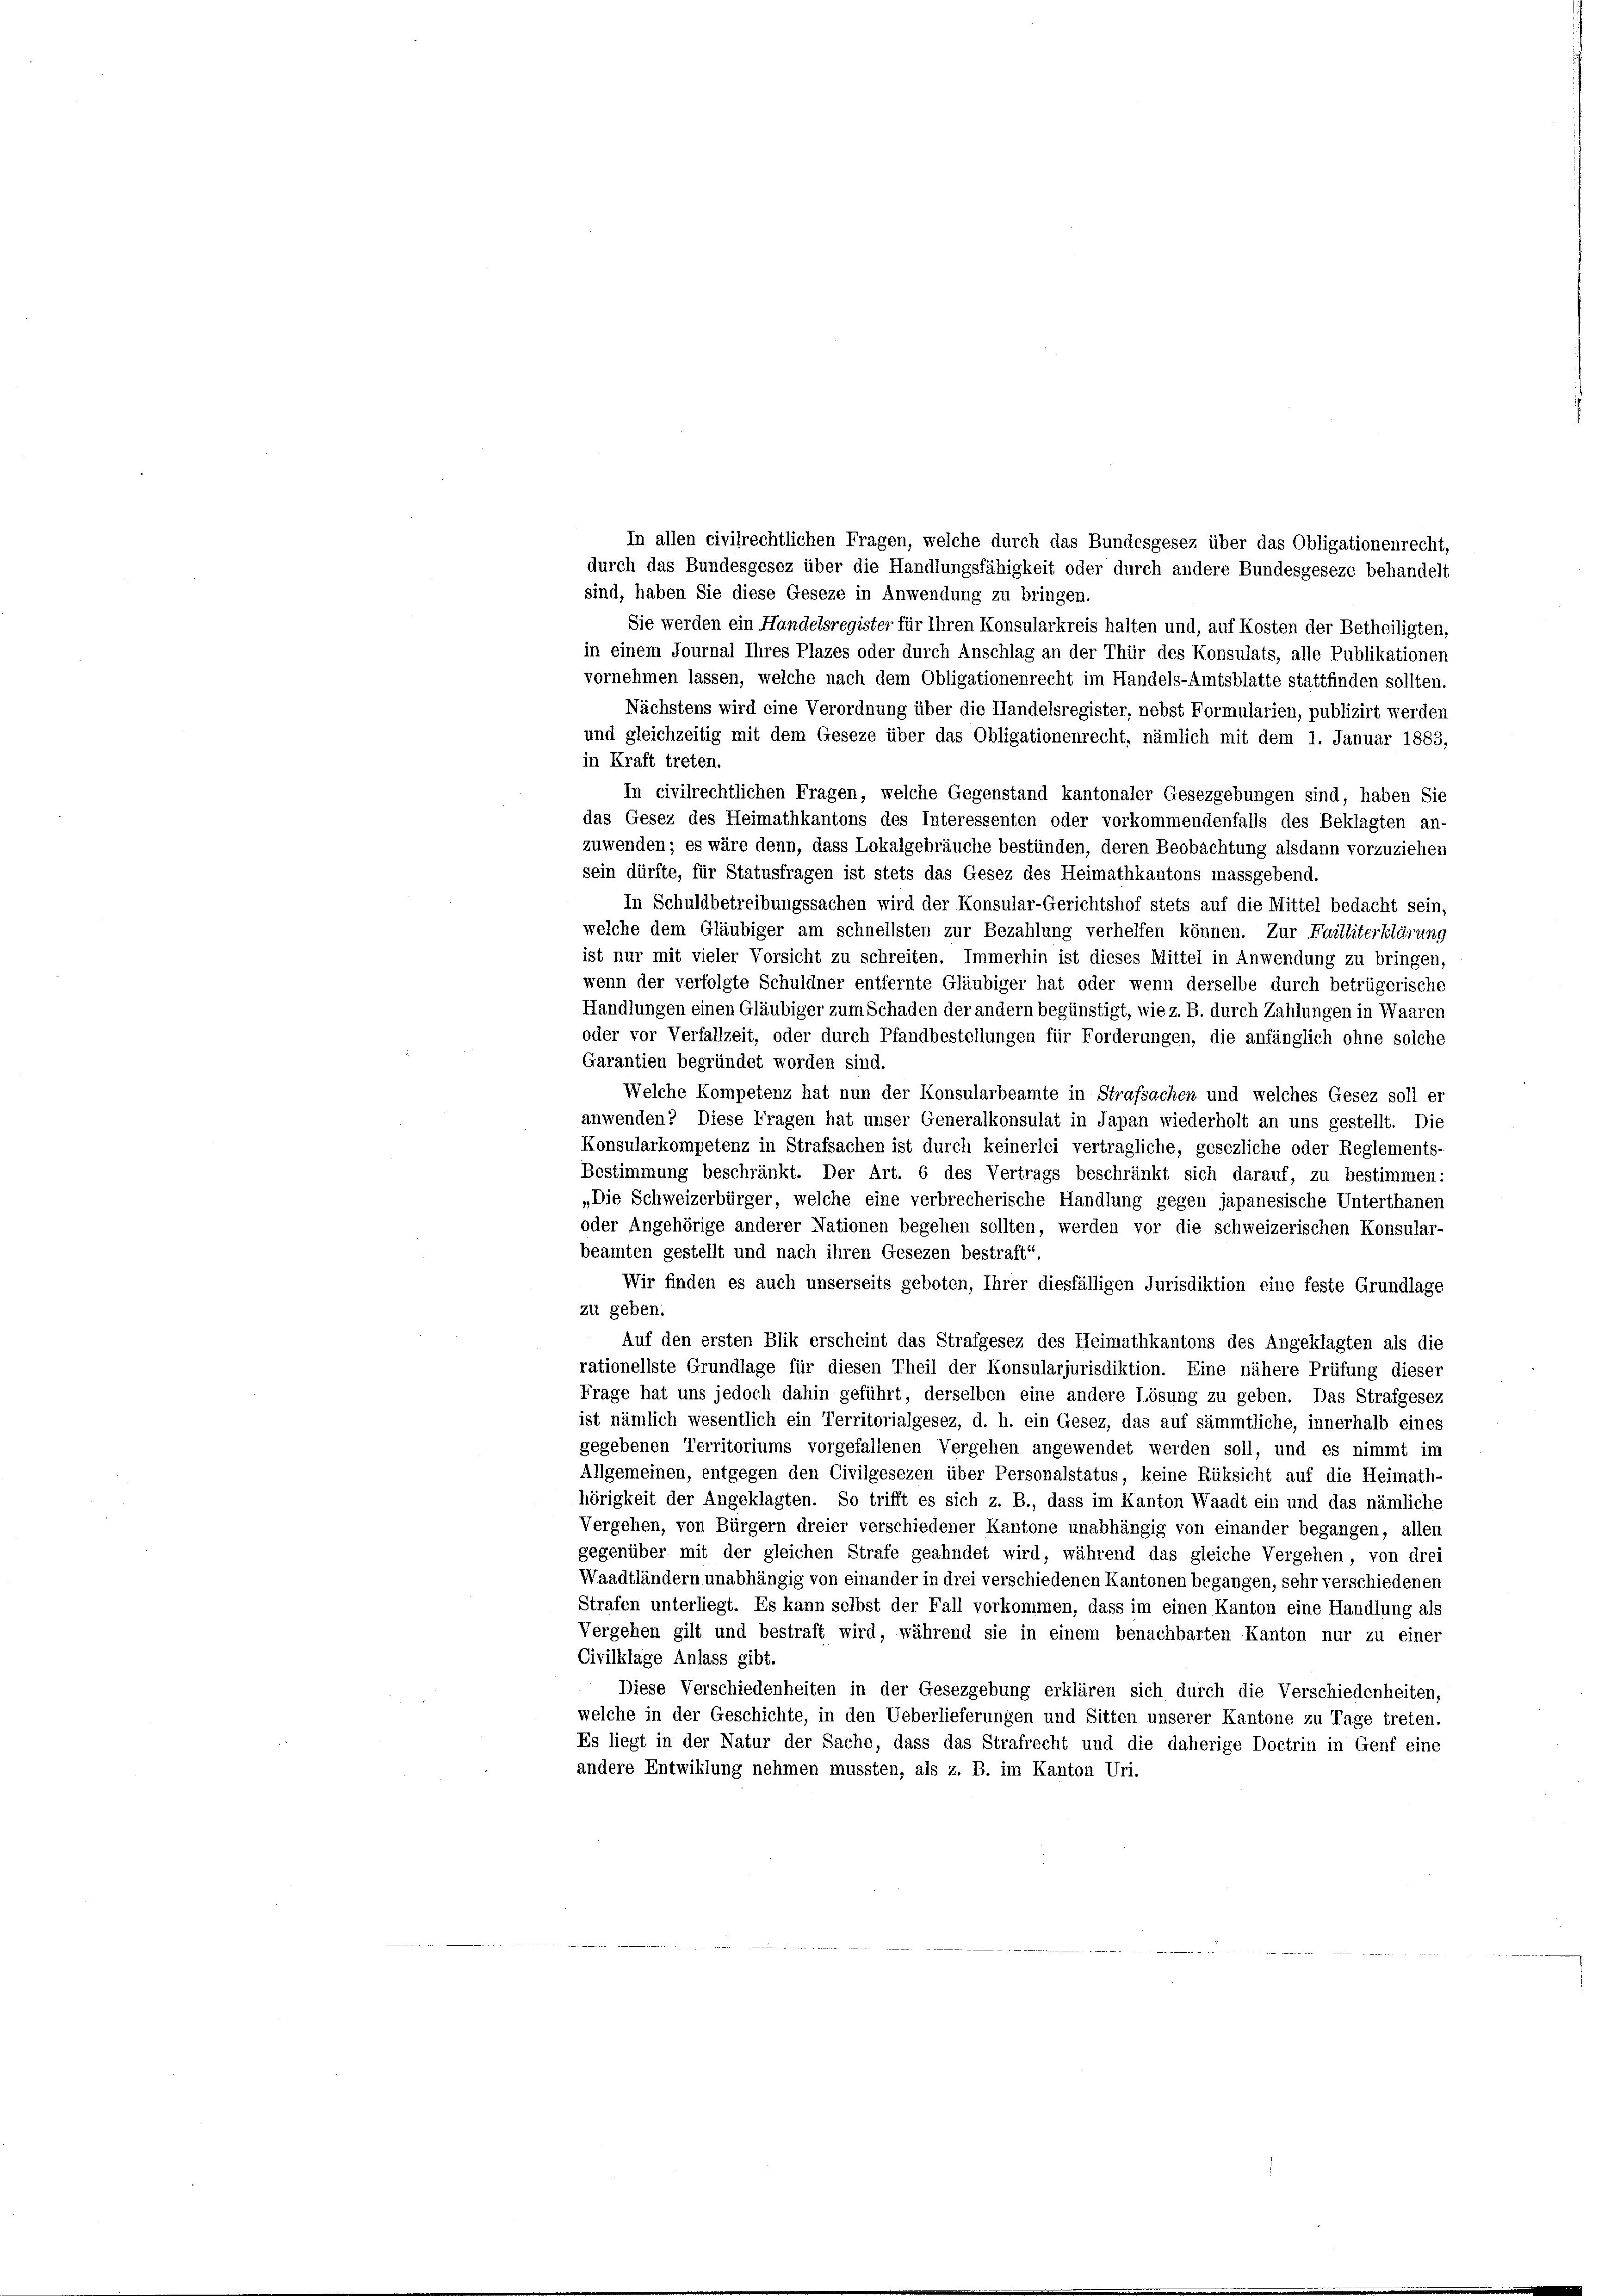
In allen civilrechtlichen Fragen, welche durch das Bundesgesez über das Obligationenrecht,

durch das Bundesgesez über die Handlungsfähigkeit oder durch andere Bundesgeseze behandelt
sind, haben Sie diese Geseze in Anwendung zu bringen.
Sie werden ein Handelsregister für Ihren Konsularkreis halten und, auf Kosten der Betheiligten,
in einem Journal Ihres Plazes oder durch Anschlag an der Thür des Konsulats, alle Publikationen
vornehmen lassen, welche nach dem Obligationenrecht im Handels-Amtsblatte stattfinden sollten.
Nächstens wird eine Verordnung über die Handelsregister, nebst Formularien, publizirt werden
und gleichzeitig mit dem Geseze über das Obligationenrecht, nämlich mit dem 1. Januar 1883,
in Kraft treten.
In civilrechtlichen Fragen, welche Gegenstand kantonaler Gesezgebungen sind, haben Sie
das Gesez des Heimathkantons des Interessenten oder vorkommendenfalls des Beklagten an-
zuwenden; es wäre denn, dass Lokalgebräuche bestünden, deren Beobachtung alsdann vorzuziehen
sein dürfte, für Statusfragen ist stets das Gesez des Heimathkantons massgebend.
In Schuldbetreibungssachen wird der Konsular-Gerichtshof stets auf die Mittel bedacht sein,
welche dem Gläubiger am schnellsten zur Bezahlung verhelfen können. Zur Failliterklärung
ist nur mit vieler Vorsicht zu schreiten. Immerhin ist dieses Mittel in Anwendung zu bringen,
wenn der verfolgte Schuldner entfernte Gläubiger hat oder wenn derselbe durch betrügerische
Handlungen einen Gläubiger zum Schaden der andern begünstigt, wie z. B. durch Zahlungen in Waaren
oder vor Verfallzeit, oder durch Pfandbestellungen für Forderungen, die anfänglich ohne solche
Garantien begründet worden sind.
Welche Kompetenz hat nun der Konsularbeamte in Strafsachen und welches Gesez soll er
anwenden? Diese Fragen hat unser Generalkonsulat in Japan wiederholt an uns gestellt. Die
Konsularkompetenz in Strafsachen ist durch keinerlei vertragliche, gesezliche oder Reglements-
Bestimmung beschränkt. Der Art. 6 des Vertrags beschränkt sich darauf, zu bestimmen:
„Die Schweizerbürger, welche eine verbrecherische Handlung gegen japanesische Unterthanen
oder Angehörige anderer Nationen begehen sollten, werden vor die schweizerischen Konsular-
beamten gestellt und nach ihren Gesezen bestraft“.
Wir finden es auch unserseits geboten, Ihrer diesfälligen Jurisdiktion eine feste Grundlage
zu geben.
Auf den ersten Blik erscheint das Strafgesez des Heimathkantons des Angeklagten als die
rationellste Grundlage für diesen Theil der Konsularjurisdiktion. Eine nähere Prüfung dieser
Frage hat uns jedoch dahin geführt, derselben eine andere Lösung zu geben. Das Strafgesez
ist nämlich wesentlich ein Territorialgesez, d. h. ein Gesez, das auf sämmtliche, innerhalb eines
gegebenen Territoriums vorgefallenen Vergehen angewendet werden soll, und es nimmt im
Allgemeinen, entgegen den Civilgesezen über Personalstatus, keine Rüksicht auf die Heimath-
hörigkeit der Angeklagten. So trifft es sich z. B., dass im Kanton Waadt ein und das nämliche
Vergehen, von Bürgern dreier verschiedener Kantone unabhängig von einander begangen, allen
gegenüber mit der gleichen Strafe geahndet wird, während das gleiche Vergehen, von drei
Waadtländern unabhängig von einander in drei verschiedenen Kantonen begangen, sehr verschiedenen
Strafen unterliegt. Es kann selbst der Fall vorkommen, dass im einen Kanton eine Handlung als
Vergehen gilt und bestraft wird, während sie in einem benachbarten Kanton nur zu einer
Civilklage Anlass gibt.
Diese Verschiedenheiten in der Gesezgebung erklären sich durch die Verschiedenheiten,
welche in der Geschichte, in den Ueberlieferungen und Sitten unserer Kantone zu Tage treten.
Es liegt in der Natur der Sache, dass das Strafrecht und die daherige Doctrin in Genf eine
andere Entwiklung nehmen mussten, als z. B. im Kanton Uri.